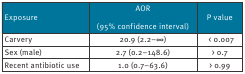
<table><thead><tr><td><b>Exposure</b></td><td><b>AOR(95% confidence interval)</b></td><td><b>P value</b></td></tr></thead><tbody><tr><td><b>Carvery</b></td><td><b>20.9 (2.2–∞)</b></td><td> <b>&lt;</b> <b>0.007</b></td></tr><tr><td><b>Sex (male)</b></td><td>2.7 (0.2–148.6)</td><td>&gt; 0.7</td></tr><tr><td><b>Recent antibiotic use</b></td><td>1.0 (0.7–63.6)</td><td>&gt; 0.99</td></tr></tbody></table>